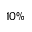
1 0 \%